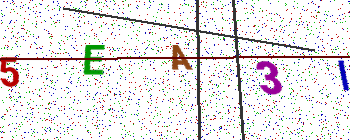
Text: 5EA3I